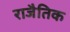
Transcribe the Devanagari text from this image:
राजैतिक